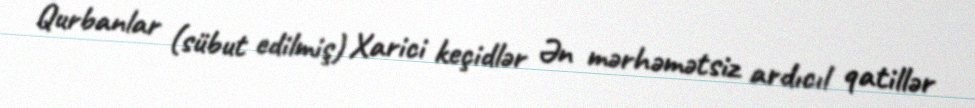
Qurbanlar (sübut edilmiş) Xarici keçidlər Ən mərhəmətsiz ardıcıl qatillər